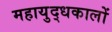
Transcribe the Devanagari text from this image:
महायुद्धकालों